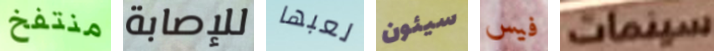
منتفخ للإصابة لعبها سيئون فيس سينمات